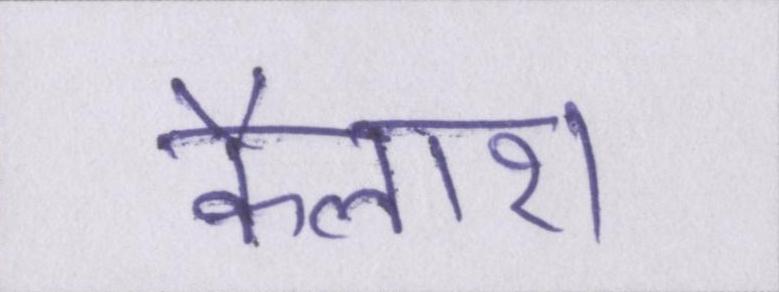
कैलाश